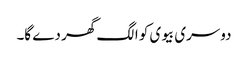
دوسری بیوی کو الگ گھر دے گا۔